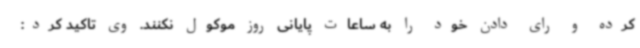
کرده و رای دادن خود را به ساعات پایانی روز موکول نکنند. وی تاکید کرد: